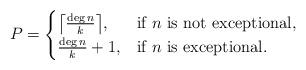
LaTeX: \begin{align*}P =\begin{cases}\big{ \lceil } \frac{\deg n}{k} \big{ \rceil}, & \mbox{if } n \mbox{ is not exceptional}, \\\frac{\deg n}{k} + 1, & \mbox{if } n \mbox{ is exceptional} .\end{cases} \\\end{align*}